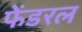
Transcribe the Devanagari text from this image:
फेंडरल